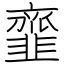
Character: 韲